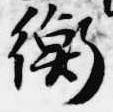
衡